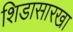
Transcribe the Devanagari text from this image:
शिडासारखा